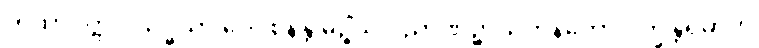
ကထာဝတ္ထုဝိသုဒ္ဓိယာ ဝေဝစနန္တိ မုဉ္စိံသု ဝိညာဏဉ္စာယတနတော ပက္ခန္တရမာဟ